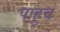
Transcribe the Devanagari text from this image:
पाहुच